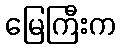
မြေကြီးက